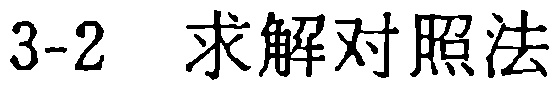
3-2  求解对照法